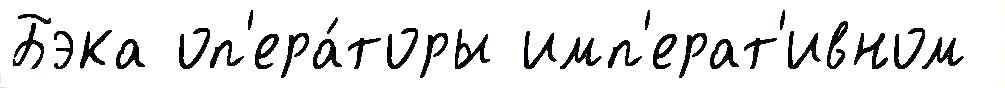
Бэка оп'ера́торы имп'ерат'ивном